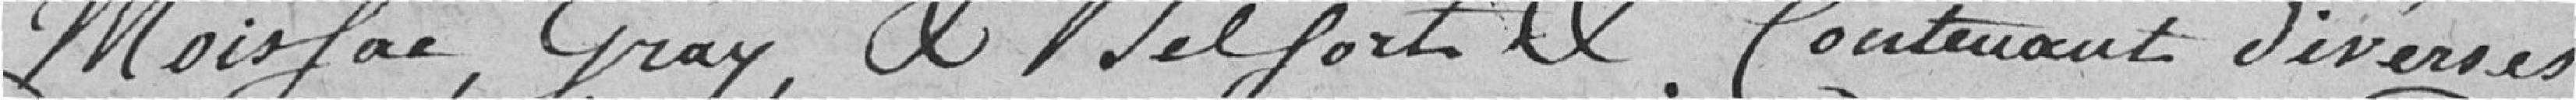
Moisfac, Gray, et Belfort et contenant diverses